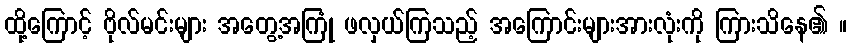
ထို့ကြောင့် ဗိုလ်မင်းများ အတွေ့အကြုံ ဖလှယ်ကြသည့် အကြောင်းများအားလုံးကို ကြားသိနေ၏ ။